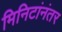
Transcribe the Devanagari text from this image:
मिनिटांनंतर